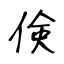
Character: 倹